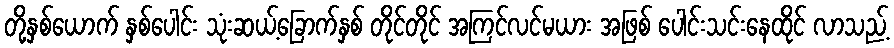
တို့နှစ်ယောက် နှစ်ပေါင်း သုံးဆယ့်ခြောက်နှစ် တိုင်တိုင် အကြင်လင်မယား အဖြစ် ပေါင်းသင်းနေထိုင် လာသည့်